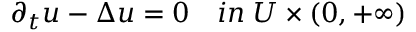
\begin{array} { r } { \partial _ { t } u - \Delta u = 0 \quad i n \; U \times ( 0 , + \infty ) } \end{array}